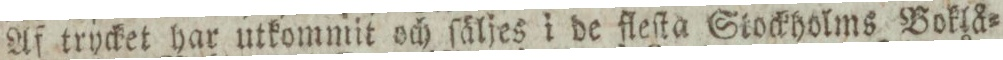
Af trycket har utkommit och ſäljes i de fleſta Stockholms Boklå=